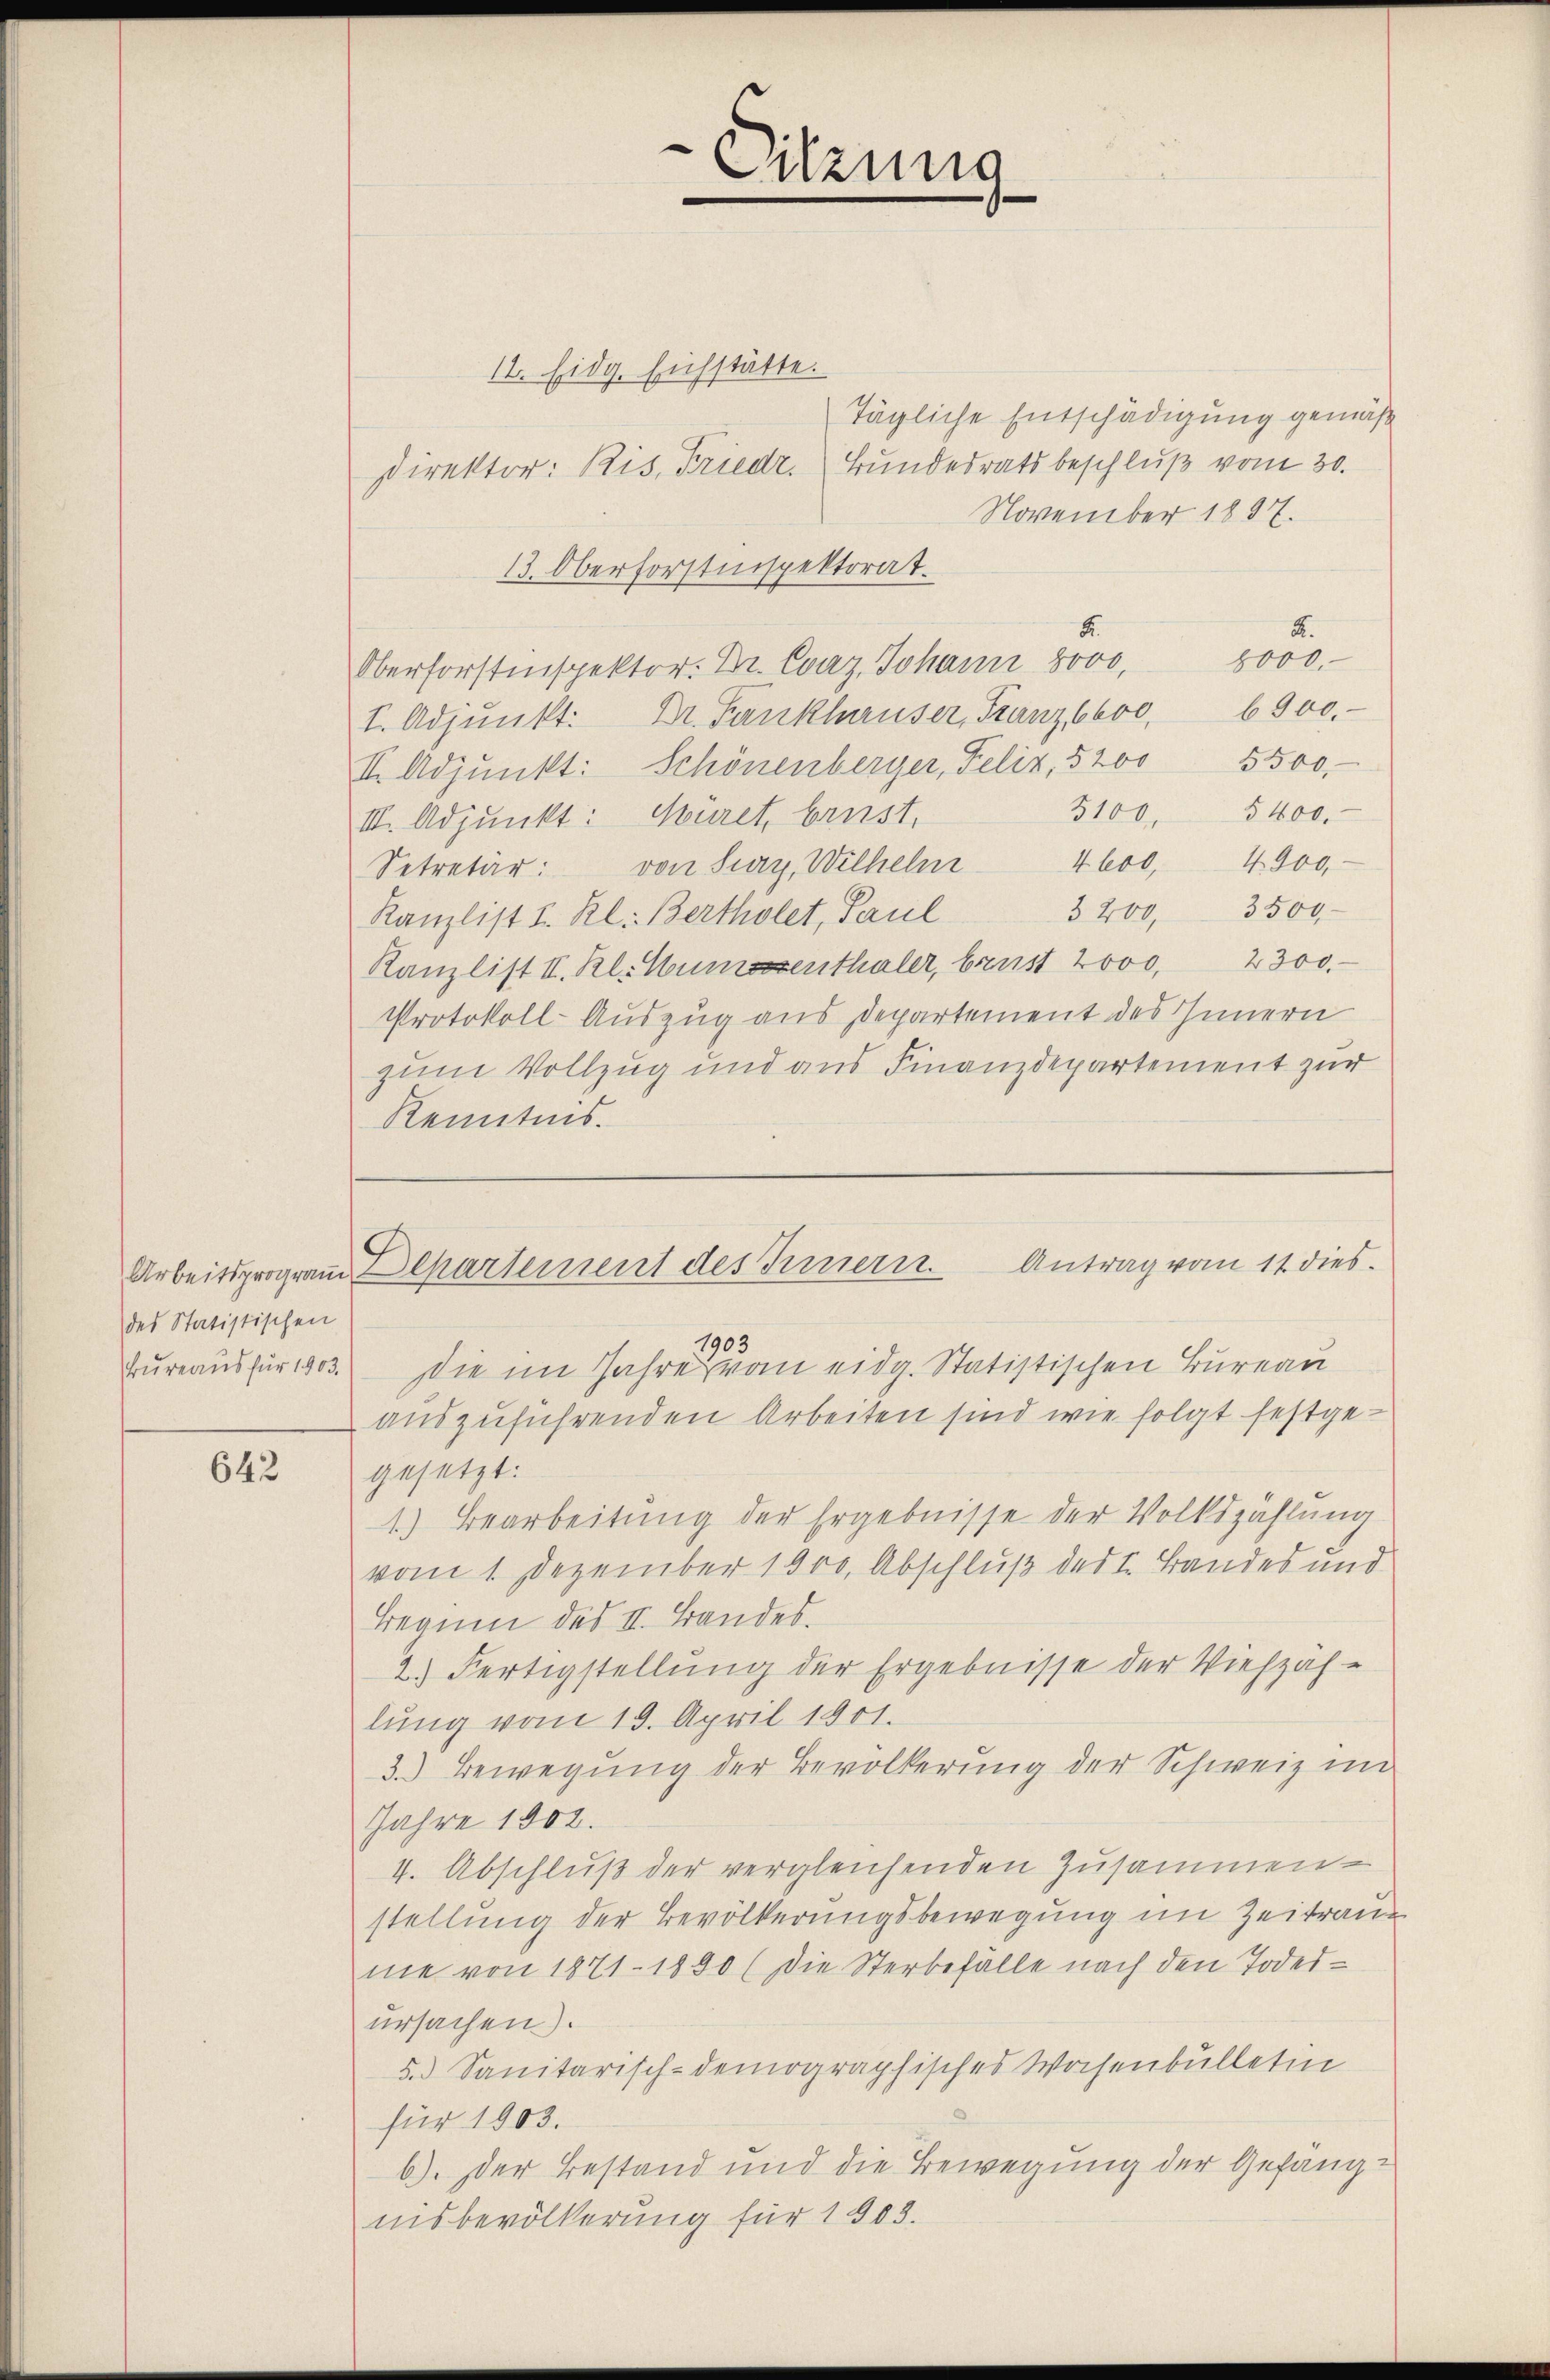
des Statistischen

642

12. Eidg. Eichstätte.
Direktor: Ris, Friedr.
November 1897.
13. Oberforstinspektorat.
Fr.
K.
8000.
Oberforstinspektor. Dr. Evaz, Johann 8000,
I. Adjunkt. Dr. Fanklauser, Franzbboo, 6900.
II. Adjunkt: Schönenberger, Felix, 5200 5500.
3100. 5400.
III. Adjunkt: Müret, brust.
Setretär: von Sag, Wilhelm 4600. 4900,
3 200, 3500
Kanzlist I. Kl. Bertholet, Paul
Kanzlist II. Kl. Wurmassenthaler, brust 2000, 2300.
Protokoll-Auszug aus Departement des Innern
zum Vollzug und aus Finanzdepartement zur
Kenntnis.

Sitzung

auszuführenden Arbeiten sind wie folgt festgegesetzt:
1.) Bearbeitŭng der Ergebnisse der Volkszählŭng
vom 1. Dezember 1800. Abschluß des I. Bandes und
Beginn des II. Bandes.
2.) Fertigstellung der Ergebnisse der Viehzäh-
lung vom 19. April 1901.
3. Bewegung der Bevölkerung der Schweiz im
Jahre 1802.
v. Abschluß der vergleichenden Zusammen-
stellung der Bevölkerungsbewegung im Zeitraue
me von 1871 - 1890 (die Sterbefälle nach den Todesursachen).
5. Sanitarisch-demographisches Wasenbülletin
für 1903.
b). Der Bestand und die Bewegung der Gefängnisbevölkerung für 1903.

Antrag vom 11. dies
Arbeitsprogram Departement des Innern

1903
Bureaus für 1803. Die im Jahre vom eidg. Statistischen Bureau

Tägliche Entschädigung gemäß
Bundesrats beschluß vom 30.